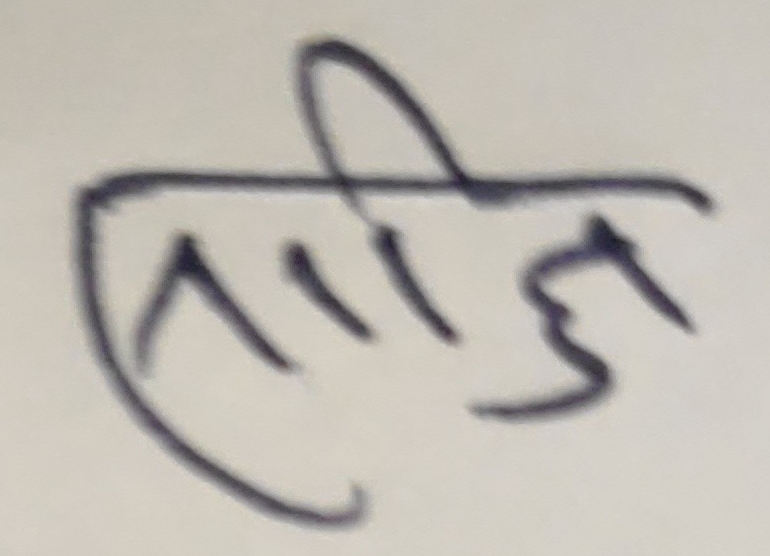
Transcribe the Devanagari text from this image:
सरिज